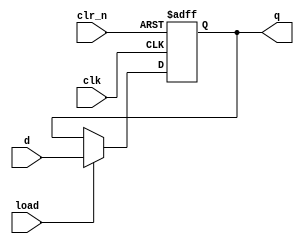
module n_bit_pipo #(
    parameter N = 8
) (
    input clk, clr_n, load,
    input [N-1:0] d,
    output reg [N-1:0] q
);
    always @(posedge clk or negedge clr_n) begin
        if (!clr_n)
            q <= 0;
        else if (load)
            q <= d;
    end
endmodule